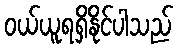
ဝယ်ယူရရှိနိုင်ပါသည်